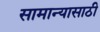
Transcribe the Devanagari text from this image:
सामान्यासाठी